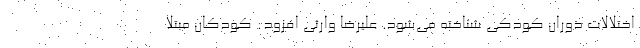
اختلالات دوران کودکی شناخته می‌شود. علیرضا وارثی افزود: کودکان مبتلا